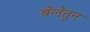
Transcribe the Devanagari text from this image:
बॅलेतून